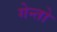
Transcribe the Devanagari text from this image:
गेन्तो